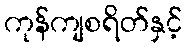
ကုန်ကျစရိတ်နှင့်